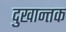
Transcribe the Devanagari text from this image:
दुखान्तक